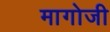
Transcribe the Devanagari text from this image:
मागोजी